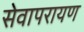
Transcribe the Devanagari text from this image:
सेवापरायण